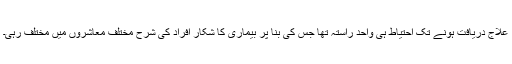
علاج دریافت ہونے تک احتیاط ہی واحد راستہ تھا جس کی بنا پر بیماری کا شکار افراد کی شرح مختلف معاشروں میں مختلف رہی۔